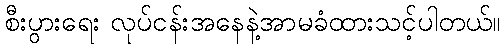
စီးပွားရေး လုပ်ငန်းအနေနဲ့အာမခံထားသင့်ပါတယ်။